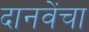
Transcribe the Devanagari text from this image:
दानवेंचा